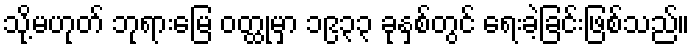
သို့မဟုတ် ဘုရားမြေ ဝတ္ထုမှာ ၁၉၃၃ ခုနှစ်တွင် ရေးခဲ့ခြင်းဖြစ်သည်။